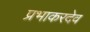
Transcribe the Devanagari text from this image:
प्रभाकरदेव